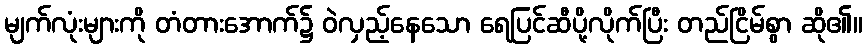
မျက်လုံးများကို တံတားအောက်၌ ဝဲလှည့်နေသော ရေပြင်ဆီပို့လိုက်ပြီး တည်ငြိမ်စွာ ဆို၏။